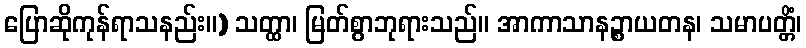
ပြောဆိုကုန်ရာသနည်း။) သတ္ထာ၊ မြတ်စွာဘုရားသည်။ အာကာသာနဉ္စာယတန၊ သမာပတ္တိံ၊